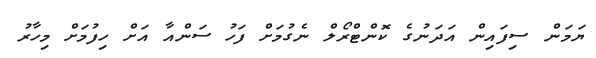
ޔަމަން ސިފައިން އަދަނުގެ ކޮންޓްރޯލް ނެގުމަށް ފަހު ސަންއާ އަށް ހިފުމަށް މިހާރު